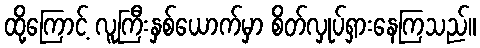
ထို့ကြောင့် လူကြီးနှစ်ယောက်မှာ စိတ်လှုပ်ရှားနေကြသည်။